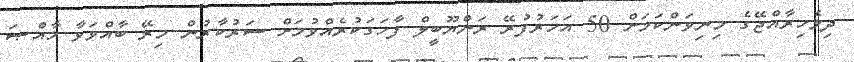
ދިވެހިރާއްޖޭގެ މިނިވަންކަމަށް 50 އަހަރުފުރޭ ރަންޔޫބީލް ފާހަގަކުރެއްވުމަށް ސަރުކާރުން މިރޭ ބާއްވަވާ ޚާއްޞަ